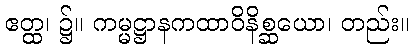
ဧတ္ထ၊ ၌။ ကမ္မဋ္ဌာနကထာဝိနိစ္ဆယော၊ တည်း။